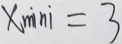
x _ { m i n i } = 3